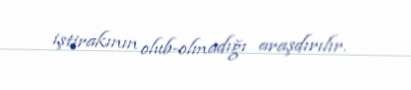
iştirakının olub-olmadığı araşdırılır.